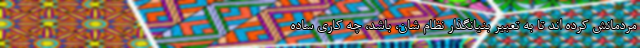
مردمانش کرده اند تا به تعبیر بنیانگذار نظام شان، باشد، چه کاری ساده